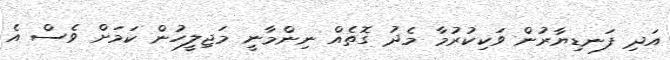
އަދި ފަނޑިޔާރުން ވަކިކުރުމާ މެދު ގޮތެއް ނިންމާނީ މަޖިލީހުން ކަމަށް ވެސް އެ